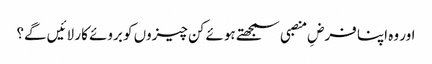
اور وہ اپنا فرضِ منصبی سمجھتے ہوئے کن چیزوں کو بروئے کار لائیں گے؟